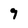
Character: 9